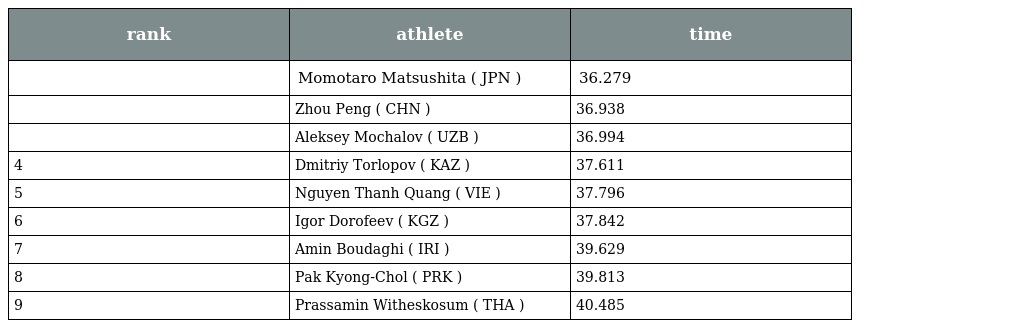
| rank | athlete | time |
 | --- | --- | --- |
 |  | Momotaro Matsushita ( JPN ) | 36.279 |
 |  | Zhou Peng ( CHN ) | 36.938 |
 |  | Aleksey Mochalov ( UZB ) | 36.994 |
 | 4 | Dmitriy Torlopov ( KAZ ) | 37.611 |
 | 5 | Nguyen Thanh Quang ( VIE ) | 37.796 |
 | 6 | Igor Dorofeev ( KGZ ) | 37.842 |
 | 7 | Amin Boudaghi ( IRI ) | 39.629 |
 | 8 | Pak Kyong-Chol ( PRK ) | 39.813 |
 | 9 | Prassamin Witheskosum ( THA ) | 40.485 |